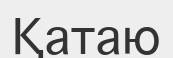
Қатаю